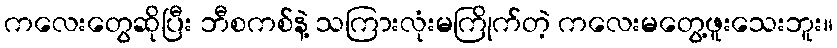
ကလေးတွေဆိုပြီး ဘီစကစ်နဲ့ သကြားလုံးမကြိုက်တဲ့ ကလေးမတွေ့ဖူးသေးဘူး။